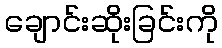
ချောင်းဆိုးခြင်းကို